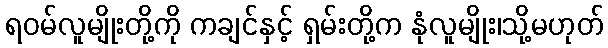
ရဝမ်လူမျိုးတို့ကို ကချင်နှင့် ရှမ်းတို့က နုံလူမျိုး၊သို့မဟုတ်